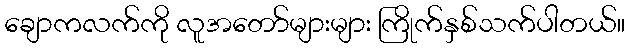
ချောကလက်ကို လူအတော်များများ ကြိုက်နှစ်သက်ပါတယ်။